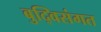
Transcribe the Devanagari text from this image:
बुद्विसंगत